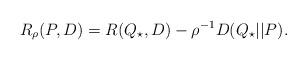
LaTeX: \begin{align*}R_\rho(P,D) = R(Q_\star,D) - \rho^{-1} D( Q_\star||P).\end{align*}